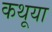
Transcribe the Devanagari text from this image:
कथूया